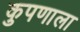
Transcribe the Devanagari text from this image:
कुपणाला